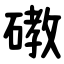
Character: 䃝